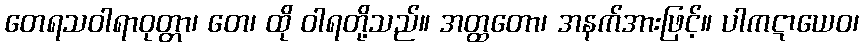
တေရသဝါရာဝုတ္တာ၊ တေ၊ ထို ဝါရတို့သည်။ အတ္ထတော၊ အနက်အားဖြင့်။ ပါကဋာယေဝ၊